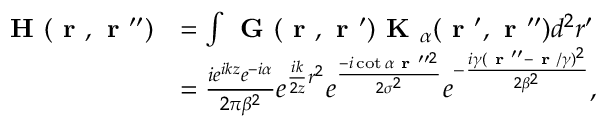
\begin{array} { r l } { \textbf { H } ( \textbf { r } , \textbf { r } ^ { \prime \prime } ) } & { = \int \textbf { G } ( \textbf { r } , \textbf { r } ^ { \prime } ) \textbf { K } _ { \alpha } ( \textbf { r } ^ { \prime } , \textbf { r } ^ { \prime \prime } ) d ^ { 2 } r ^ { \prime } } \\ & { = \frac { i e ^ { i k z } e ^ { - i \alpha } } { 2 \pi \beta ^ { 2 } } e ^ { \frac { i k } { 2 z } r ^ { 2 } } e ^ { \frac { - i \cot { \alpha } \textbf { r } ^ { \prime \prime 2 } } { 2 \sigma ^ { 2 } } } e ^ { - \frac { i \gamma ( \textbf { r } ^ { \prime \prime } - \textbf { r } / \gamma ) ^ { 2 } } { 2 \beta ^ { 2 } } } , } \end{array}